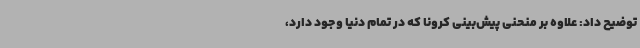
توضیح داد: علاوه بر منحنی پیش‌بینی کرونا که در تمام دنیا وجود دارد،